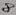
Text: 8